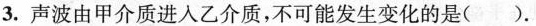
3.声波由甲介质进入乙介质，不可能发生变化的是().